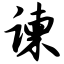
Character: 谏